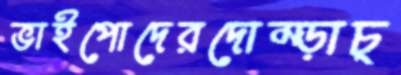
ভাইপোদেরদোম্‌ড়াচ্